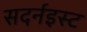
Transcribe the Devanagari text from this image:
सदर्नइस्ट